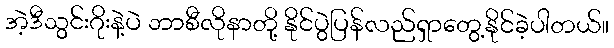
အဲ့ဒီသွင်းဂိုးနဲ့ပဲ ဘာစီလိုနာတို့ နိုင်ပွဲပြန်လည်ရှာတွေ့နိုင်ခဲ့ပါတယ်။